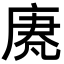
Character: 𫷵